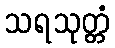
သရသုတ္တံ